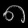
Digit: ၈